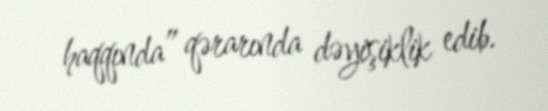
haqqında” qərarında dəyişiklik edib.